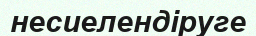
несиелендіруге